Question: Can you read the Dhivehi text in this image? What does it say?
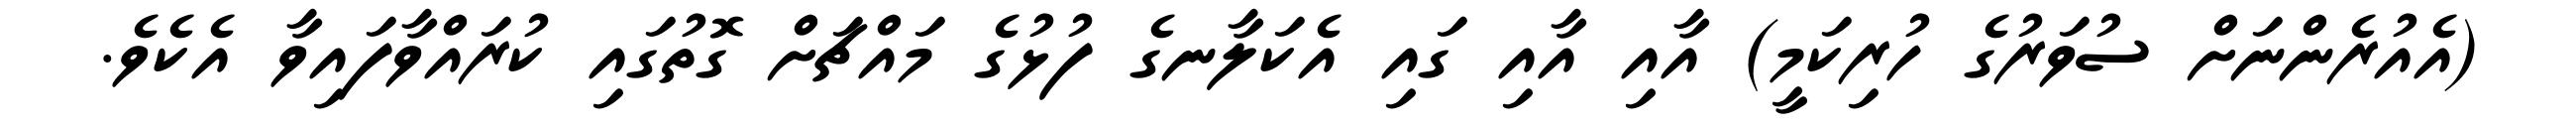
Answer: (އެއުރެންނަށް ސުވަރުގެ ހުރިކަމީ) އާއި އާއި ގައި އެކަލާނގެ ފުޅުގެ މައްޗަށް ގޮތުގައި ކުރައްވާފައިވާ އެކެވެ.